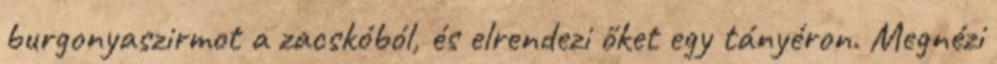
burgonyaszirmot a zacskóból, és elrendezi őket egy tányéron. Megnézi